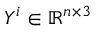
Y ^ { i } \in \mathbb { R } ^ { n \times 3 }